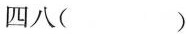
四八()